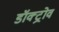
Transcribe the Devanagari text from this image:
डॉक्ट्रोव